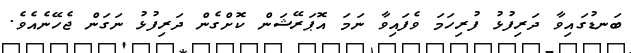
ބަނޑުގައިވާ ދަރިފުޅު ފުރިހަމަ ވެފައިވާ ނަމަ އޮޕަރޭޝަން ކޮށްގެން ދަރިފުޅު ނަގަން ޖެހޭނެއެވެ.